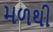
મળથી